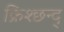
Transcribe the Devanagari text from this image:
क्रिश्छन्द्